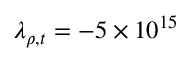
\lambda _ { \rho , t } = - 5 \times 1 0 ^ { 1 5 }